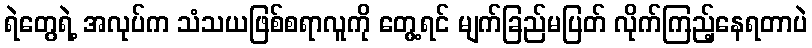
ရဲတွေရဲ့ အလုပ်က သံသယဖြစ်စရာလူကို တွေ့ရင် မျက်ခြည်မပြတ် လိုက်ကြည့်နေရတာပဲ